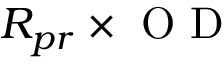
R _ { p r } \times \mathrm { ~ O ~ D ~ }